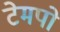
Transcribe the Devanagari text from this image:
टेमपो